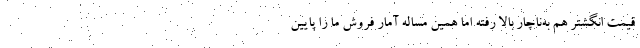
قیمت انگشتر هم به‌ناچار بالا رفته اما همین مساله آمار فروش ما را پایین